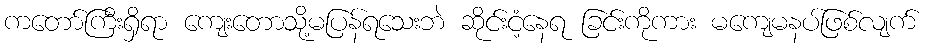
ကတော်ကြီးရှိရာ ကျေးတောသို့မပြန်ရသေးဘဲ ဆိုင်းငံ့နေရ ခြင်းကိုကား မကျေမနပ်ဖြစ်လျက်